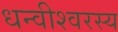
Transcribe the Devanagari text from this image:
धन्वीश्वरस्य